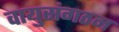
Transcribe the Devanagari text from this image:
वायुसंगठन